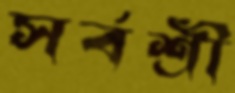
সর্বশ্রী